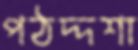
পঠদ্দশা